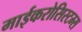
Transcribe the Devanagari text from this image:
माईकरोसिस्टम्स